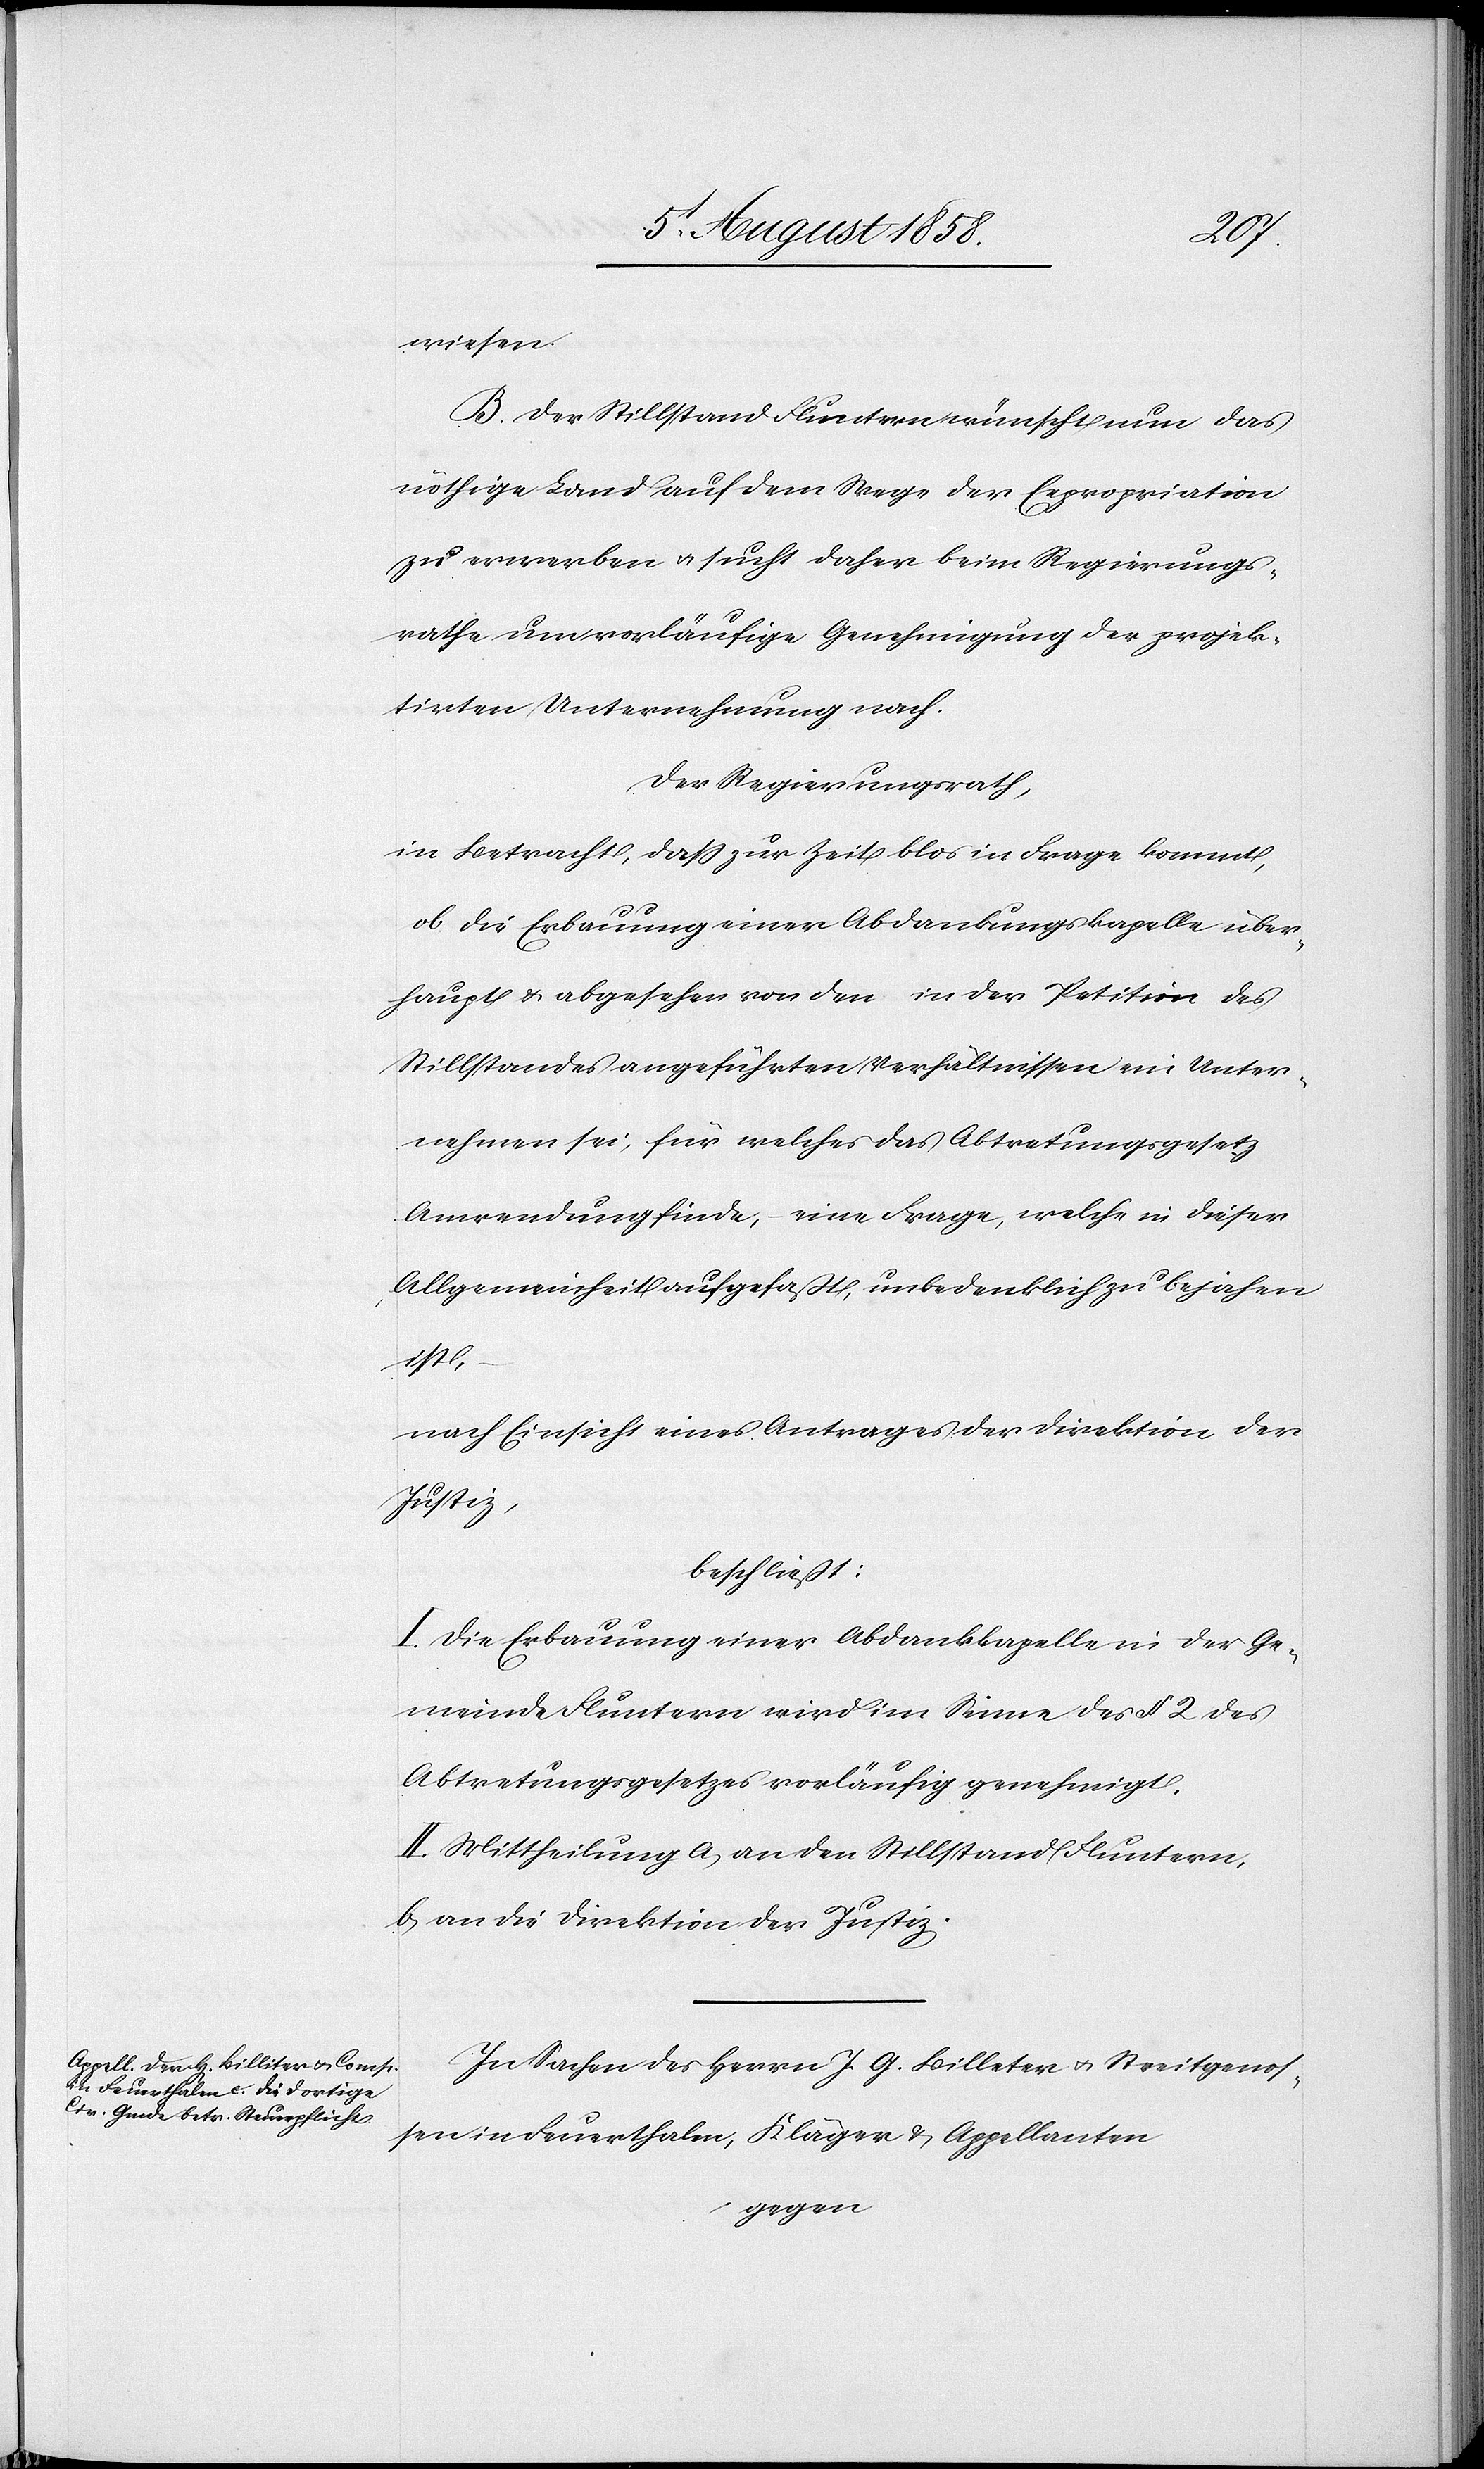
wiesen.
B. Der Stillstand Fluntern wünscht nun das
nöthige Land auf dem Wege der Expropriation
zu erwerben & sucht daher beim Regierungs¬
rathe um vorläufige Genehmigung der projek¬
tirten Unternehmung nach.
Der Regierungsrath,
in Betracht, dass zur Zeit blos in Frage kommt,
ob die Erbauung einer Abdankungskapelle über¬
haupt & abgesehen von den in der Petition des
Stillstandes angeführten Verhältnissen ein Unter¬
nehmen sei, für welches das Abtretungsgesetz
Anwendung finde, – eine Frage, welche in dieser
Allgemeinheit aufgefaßt, unbedenklich zu bejahen
ist,
nach Einsicht eines Antrages der Direktion der
Justiz,
beschließt:
I. Die Erbauung einer Abdankkapelle in der Ge¬
meinde Fluntern wird im Sinne des § 2 des
Abtretungsgesetzes vorläufig genehmigt.
II. Mittheilung a) an den Stillstand Fluntern,
b) an die Direktion der Justiz.
In Sachen des Herrn J. G. Billeter [sic!] & Streitgenos¬
sen in Feuerthalen, Kläger & Appellanten
gegen